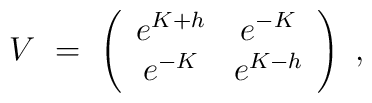
V\ =\ \left(\begin{array}{cc}       e^{K+h}   &   e^{-K} \\       e^{-K}    &   e^{K-h}                \end{array}\right)\ ,